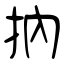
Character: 抐